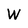
Character: W